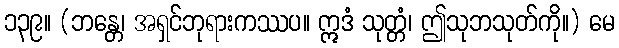
၁၃၉။ (ဘန္တေ၊ အရှင်ဘုရားကဿပ။ ဣဒံ သုတ္တံ၊ ဤသုဘသုတ်ကို။) မေ